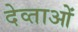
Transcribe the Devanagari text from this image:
देव्ताओं